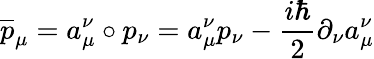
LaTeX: \overline{{{p}}}_{\mu}=a_{\mu}^{\nu}\circ p_{\nu}=a_{\mu}^{\nu}p_{\nu}-\frac{i\hbar}{2}\partial_{\nu}a_{\mu}^{\nu}